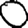
Digit: 0